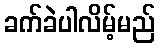
ခက်ခဲပါလိမ့်မည်